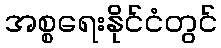
အစ္စရေးနိုင်ငံတွင်